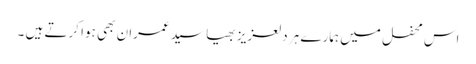
اس محفل میں ہمارے ہر دلعزیز بھیا سید عمران بھی ہوا کرتے ہیں ۔